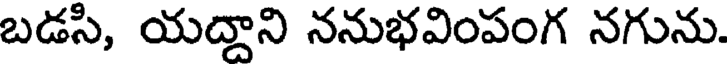
బడసి, యద్దాని ననుభవింపంగ నగును.